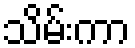
သိမ်းကာ